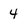
Character: 4